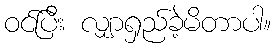
ဝင်ပြီး လျှာရှည်ခဲ့မိတာပါ။